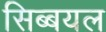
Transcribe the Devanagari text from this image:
सिब्बयल